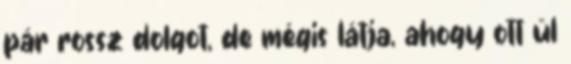
pár rossz dolgot, de mégis látja, ahogy ott ül